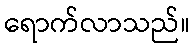
ရောက်လာသည်။